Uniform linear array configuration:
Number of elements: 12
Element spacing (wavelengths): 0.25
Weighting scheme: kaiser
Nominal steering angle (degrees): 30
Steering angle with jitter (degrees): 30.964
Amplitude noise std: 0.05
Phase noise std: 0.05

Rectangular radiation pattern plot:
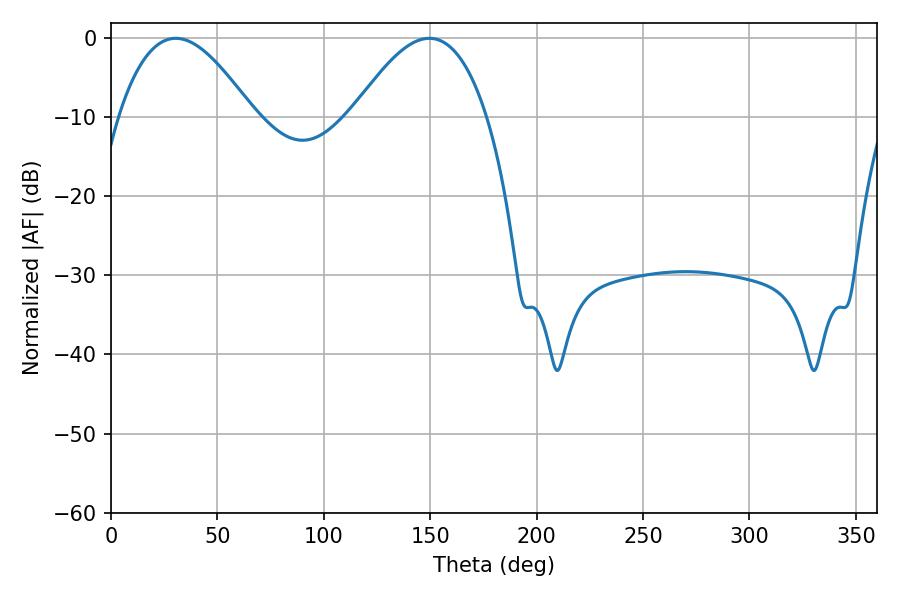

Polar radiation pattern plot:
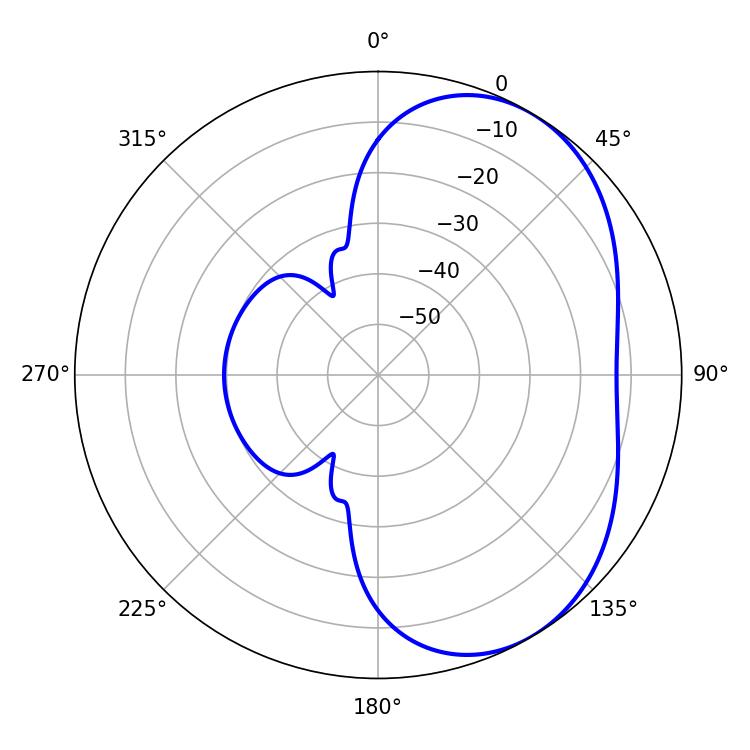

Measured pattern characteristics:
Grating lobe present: FALSE
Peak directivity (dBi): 4.386
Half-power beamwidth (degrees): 34.38
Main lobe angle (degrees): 30.42